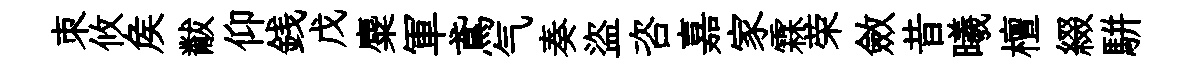
朿攸矦黻仰銭戊麋軍鳶气奏盜咨嘉家霖荣斂昔曦檀綴駢